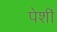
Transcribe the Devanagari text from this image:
पेशीं